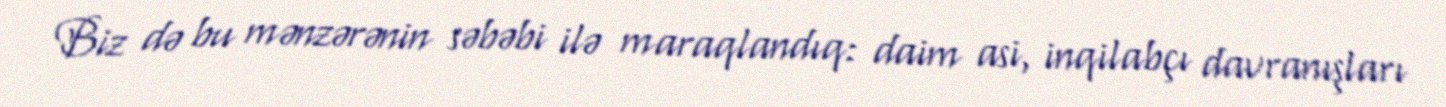
Biz də bu mənzərənin səbəbi ilə maraqlandıq: daim asi, inqilabçı davranışları